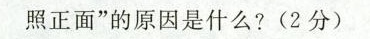
照正面”的原因是什么?(2分)